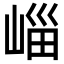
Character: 崰